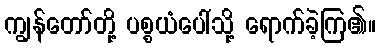
ကျွန်တော်တို့ ပစ္စယံပေါ်သို့ ရောက်ခဲ့ကြ၏။